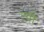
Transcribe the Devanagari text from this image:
त्‍यौं